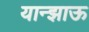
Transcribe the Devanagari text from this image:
यान्झाऊ